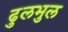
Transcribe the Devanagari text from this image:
ढुलभुल